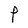
Character: P